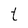
Character: t